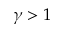
\gamma > 1